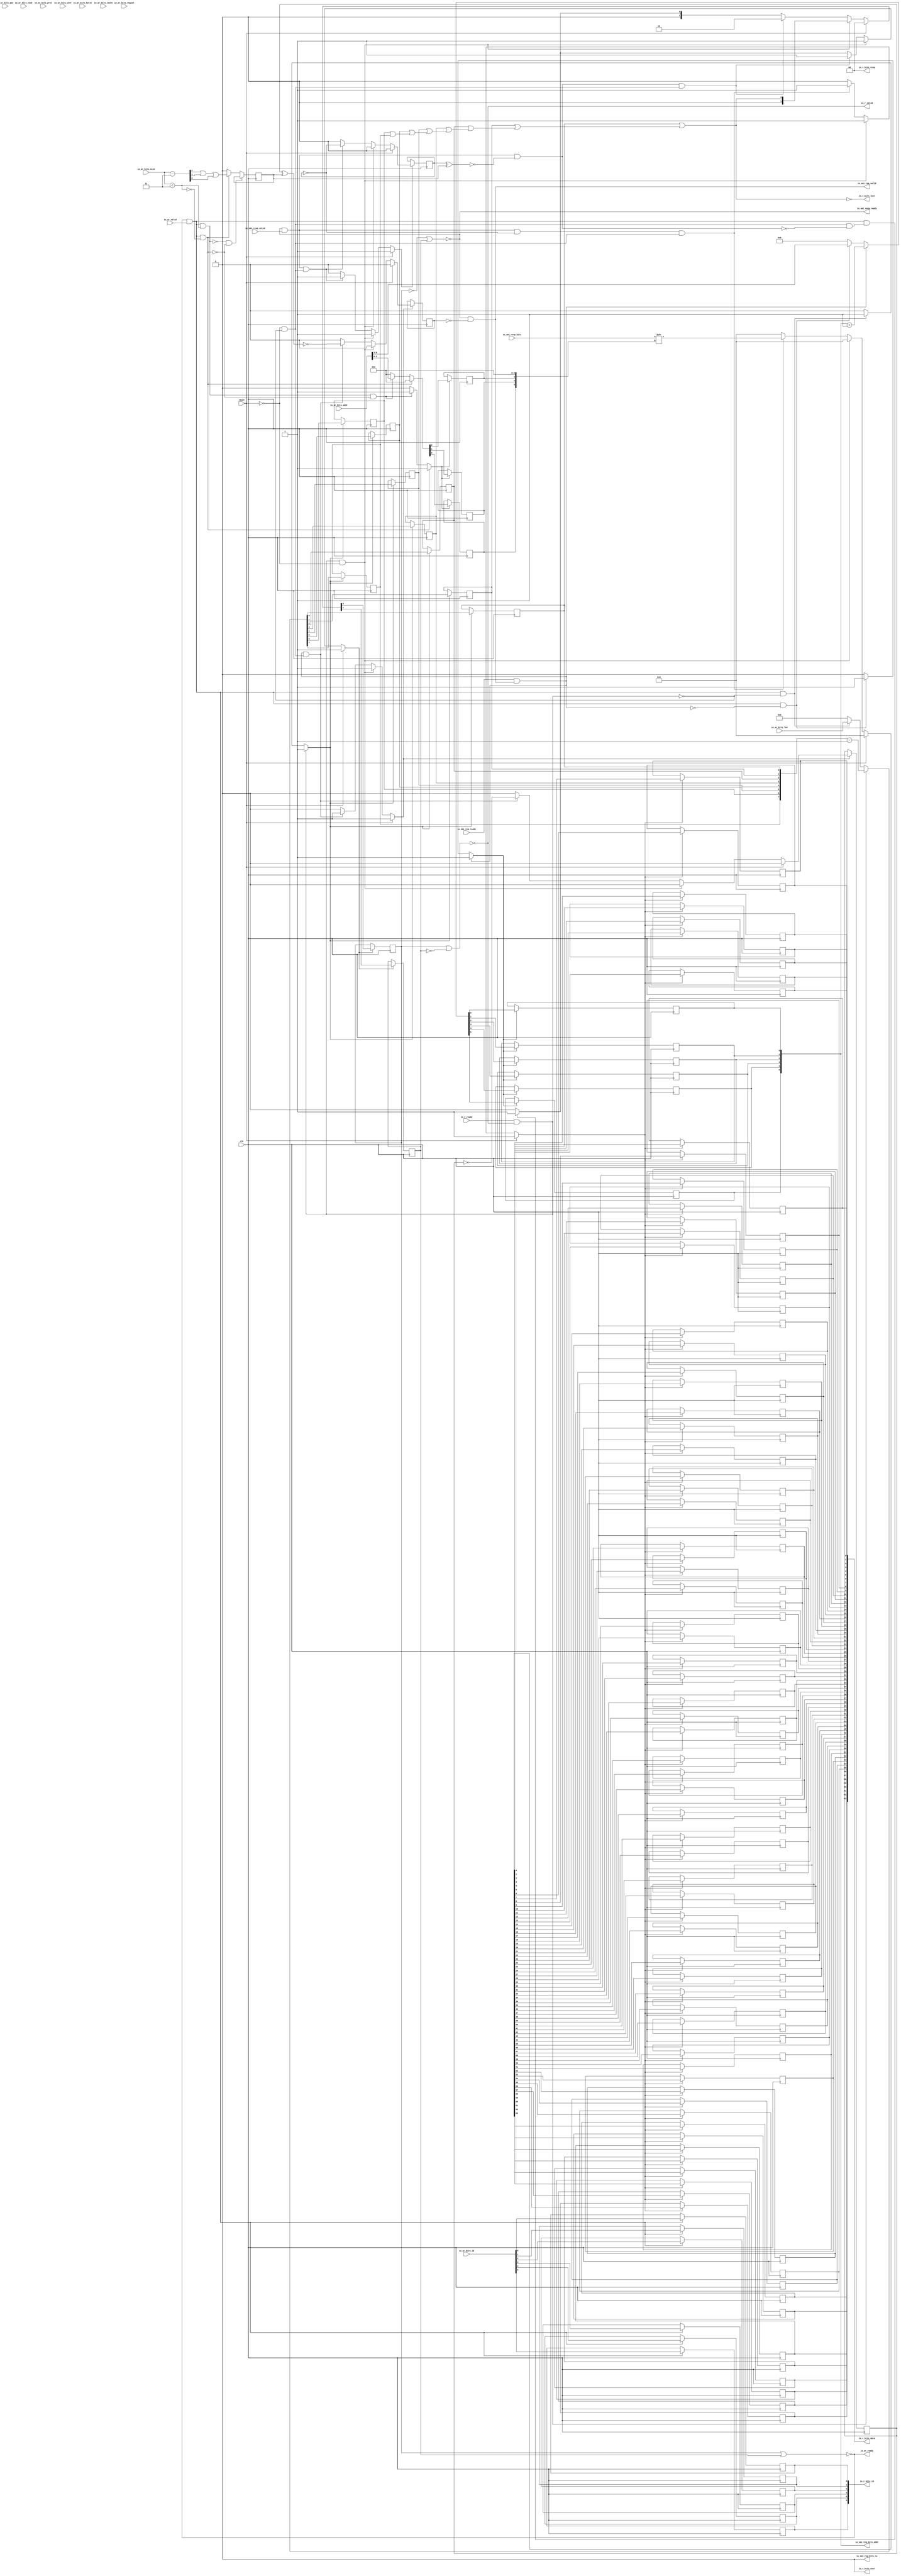
// This program was cloned from: https://github.com/NYU-MLDA/OpenABC
// License: BSD 3-Clause "New" or "Revised" License

module SmiIONastiReadIOConverter_1
(
  clk,
  reset,
  io_ar_ready,
  io_ar_valid,
  io_ar_bits_addr,
  io_ar_bits_len,
  io_ar_bits_size,
  io_ar_bits_burst,
  io_ar_bits_lock,
  io_ar_bits_cache,
  io_ar_bits_prot,
  io_ar_bits_qos,
  io_ar_bits_region,
  io_ar_bits_id,
  io_ar_bits_user,
  io_r_ready,
  io_r_valid,
  io_r_bits_resp,
  io_r_bits_data,
  io_r_bits_last,
  io_r_bits_id,
  io_r_bits_user,
  io_smi_req_ready,
  io_smi_req_valid,
  io_smi_req_bits_rw,
  io_smi_req_bits_addr,
  io_smi_resp_ready,
  io_smi_resp_valid,
  io_smi_resp_bits
);

  input [31:0] io_ar_bits_addr;
  input [7:0] io_ar_bits_len;
  input [2:0] io_ar_bits_size;
  input [1:0] io_ar_bits_burst;
  input [3:0] io_ar_bits_cache;
  input [2:0] io_ar_bits_prot;
  input [3:0] io_ar_bits_qos;
  input [3:0] io_ar_bits_region;
  input [5:0] io_ar_bits_id;
  output [1:0] io_r_bits_resp;
  output [63:0] io_r_bits_data;
  output [5:0] io_r_bits_id;
  output [5:0] io_smi_req_bits_addr;
  input [63:0] io_smi_resp_bits;
  input clk;
  input reset;
  input io_ar_valid;
  input io_ar_bits_lock;
  input io_ar_bits_user;
  input io_r_ready;
  input io_smi_req_ready;
  input io_smi_resp_valid;
  output io_ar_ready;
  output io_r_valid;
  output io_r_bits_last;
  output io_r_bits_user;
  output io_smi_req_valid;
  output io_smi_req_bits_rw;
  output io_smi_resp_ready;
  wire [1:0] io_r_bits_resp;
  wire io_ar_ready,io_r_valid,io_r_bits_last,io_r_bits_user,io_smi_req_valid,
  io_smi_req_bits_rw,io_smi_resp_ready,N0,N1,N2,N3,N4,N5,N6,T21,T5,T4,T19,T6,T14,N7,T9,N8,
  T10,T15,T18,T26,T28,T31,T34,T53,N9,N10,N11,N12,N13,N14,N15,N16,N17,N18,N19,N20,
  N21,N22,N23,N24,N25,N26,N27,N28,N29,N30,N31,N32,N33,N34,N35,N36,N37,N38,N39,N40,
  N41,N42,N43,N44,N45,N46,N47,N48,N49,N50,N51,N52,N53,N54,N55,N56,N57,N58,N59,N60,
  N61,N62,N63,N64,N65,N66,N67,N68,N69,N70,N71,N72,N73,N74,N75,N76,N77,N78,N79,N80,
  N81,N82,N83,N84,N85,N86,N87,N88,N89,N90,N91,N92,N93,N94,N95,N96,N97,N98,N99,N100,
  N101,N102,N103,N104,N105,N106,N107,N108,N109,N110,N111,N112,N113,N114,N115,N116,
  N117,N118,N119,N120,N121,N122,N123,N124,N125,N126,N127,N128,N129,N130,N131,N132,
  N133,N134,N135,N136,N137,N138,N139,N140,N141,N142,N143,N144,N145,N146,N147,N148,
  N149,N150,N151,N152,N153,N154,N155,N156,N157,N158,N159,N160,N162,N163,N164,N165,
  N167,N168,N170;
  wire [0:0] T20,T7,T11,T12,T55;
  wire [2:0] T13;
  wire [5:0] T25;
  wire [7:0] T43;
  wire [63:0] T48;
  reg [1:0] state;
  reg nWords,T56,sendDone,sendInd;
  reg [5:0] io_smi_req_bits_addr,io_r_bits_id;
  reg [7:0] nBeats;
  reg [63:0] io_r_bits_data;
  reg [5:3] T49;
  assign io_r_bits_resp[0] = 1'b0;
  assign io_r_bits_resp[1] = 1'b0;
  assign io_r_bits_user = 1'b0;
  assign io_smi_req_bits_rw = 1'b0;
  assign N0 = T56 ^ nWords;
  assign T6 = ~N0;
  assign T10 = io_ar_bits_size < { 1'b1, 1'b1 };
  assign N1 = sendInd ^ nWords;
  assign T31 = ~N1;
  assign T48 = io_smi_resp_bits >> { T49, 1'b0, 1'b0, 1'b0 };

  always @(posedge clk) begin
    if(N13) begin
      state[1] <= N15;
    end 
  end


  always @(posedge clk) begin
    if(N13) begin
      state[0] <= N14;
    end 
  end


  always @(posedge clk) begin
    if(N151) begin
      nWords <= T7[0];
    end 
  end


  always @(posedge clk) begin
    if(N19) begin
      T56 <= N20;
    end 
  end


  always @(posedge clk) begin
    if(N23) begin
      io_smi_req_bits_addr[5] <= N29;
    end 
  end


  always @(posedge clk) begin
    if(N23) begin
      io_smi_req_bits_addr[4] <= N28;
    end 
  end


  always @(posedge clk) begin
    if(N23) begin
      io_smi_req_bits_addr[3] <= N27;
    end 
  end


  always @(posedge clk) begin
    if(N23) begin
      io_smi_req_bits_addr[2] <= N26;
    end 
  end


  always @(posedge clk) begin
    if(N23) begin
      io_smi_req_bits_addr[1] <= N25;
    end 
  end


  always @(posedge clk) begin
    if(N23) begin
      io_smi_req_bits_addr[0] <= N24;
    end 
  end


  always @(posedge clk) begin
    if(N33) begin
      sendDone <= N34;
    end 
  end


  always @(posedge clk) begin
    if(N38) begin
      sendInd <= N39;
    end 
  end


  always @(posedge clk) begin
    if(T4) begin
      io_r_bits_id[5] <= io_ar_bits_id[5];
    end 
  end


  always @(posedge clk) begin
    if(T4) begin
      io_r_bits_id[4] <= io_ar_bits_id[4];
    end 
  end


  always @(posedge clk) begin
    if(T4) begin
      io_r_bits_id[3] <= io_ar_bits_id[3];
    end 
  end


  always @(posedge clk) begin
    if(T4) begin
      io_r_bits_id[2] <= io_ar_bits_id[2];
    end 
  end


  always @(posedge clk) begin
    if(T4) begin
      io_r_bits_id[1] <= io_ar_bits_id[1];
    end 
  end


  always @(posedge clk) begin
    if(T4) begin
      io_r_bits_id[0] <= io_ar_bits_id[0];
    end 
  end


  always @(posedge clk) begin
    if(N42) begin
      nBeats[7] <= N50;
    end 
  end


  always @(posedge clk) begin
    if(N42) begin
      nBeats[6] <= N49;
    end 
  end


  always @(posedge clk) begin
    if(N42) begin
      nBeats[5] <= N48;
    end 
  end


  always @(posedge clk) begin
    if(N42) begin
      nBeats[4] <= N47;
    end 
  end


  always @(posedge clk) begin
    if(N42) begin
      nBeats[3] <= N46;
    end 
  end


  always @(posedge clk) begin
    if(N42) begin
      nBeats[2] <= N45;
    end 
  end


  always @(posedge clk) begin
    if(N42) begin
      nBeats[1] <= N44;
    end 
  end


  always @(posedge clk) begin
    if(N42) begin
      nBeats[0] <= N43;
    end 
  end


  always @(posedge clk) begin
    if(N54) begin
      io_r_bits_data[63] <= N118;
    end 
  end


  always @(posedge clk) begin
    if(N54) begin
      io_r_bits_data[62] <= N117;
    end 
  end


  always @(posedge clk) begin
    if(N54) begin
      io_r_bits_data[61] <= N116;
    end 
  end


  always @(posedge clk) begin
    if(N54) begin
      io_r_bits_data[60] <= N115;
    end 
  end


  always @(posedge clk) begin
    if(N54) begin
      io_r_bits_data[59] <= N114;
    end 
  end


  always @(posedge clk) begin
    if(N54) begin
      io_r_bits_data[58] <= N113;
    end 
  end


  always @(posedge clk) begin
    if(N54) begin
      io_r_bits_data[57] <= N112;
    end 
  end


  always @(posedge clk) begin
    if(N54) begin
      io_r_bits_data[56] <= N111;
    end 
  end


  always @(posedge clk) begin
    if(N54) begin
      io_r_bits_data[55] <= N110;
    end 
  end


  always @(posedge clk) begin
    if(N54) begin
      io_r_bits_data[54] <= N109;
    end 
  end


  always @(posedge clk) begin
    if(N54) begin
      io_r_bits_data[53] <= N108;
    end 
  end


  always @(posedge clk) begin
    if(N54) begin
      io_r_bits_data[52] <= N107;
    end 
  end


  always @(posedge clk) begin
    if(N54) begin
      io_r_bits_data[51] <= N106;
    end 
  end


  always @(posedge clk) begin
    if(N54) begin
      io_r_bits_data[50] <= N105;
    end 
  end


  always @(posedge clk) begin
    if(N54) begin
      io_r_bits_data[49] <= N104;
    end 
  end


  always @(posedge clk) begin
    if(N54) begin
      io_r_bits_data[48] <= N103;
    end 
  end


  always @(posedge clk) begin
    if(N54) begin
      io_r_bits_data[47] <= N102;
    end 
  end


  always @(posedge clk) begin
    if(N54) begin
      io_r_bits_data[46] <= N101;
    end 
  end


  always @(posedge clk) begin
    if(N54) begin
      io_r_bits_data[45] <= N100;
    end 
  end


  always @(posedge clk) begin
    if(N54) begin
      io_r_bits_data[44] <= N99;
    end 
  end


  always @(posedge clk) begin
    if(N54) begin
      io_r_bits_data[43] <= N98;
    end 
  end


  always @(posedge clk) begin
    if(N54) begin
      io_r_bits_data[42] <= N97;
    end 
  end


  always @(posedge clk) begin
    if(N54) begin
      io_r_bits_data[41] <= N96;
    end 
  end


  always @(posedge clk) begin
    if(N54) begin
      io_r_bits_data[40] <= N95;
    end 
  end


  always @(posedge clk) begin
    if(N54) begin
      io_r_bits_data[39] <= N94;
    end 
  end


  always @(posedge clk) begin
    if(N54) begin
      io_r_bits_data[38] <= N93;
    end 
  end


  always @(posedge clk) begin
    if(N54) begin
      io_r_bits_data[37] <= N92;
    end 
  end


  always @(posedge clk) begin
    if(N54) begin
      io_r_bits_data[36] <= N91;
    end 
  end


  always @(posedge clk) begin
    if(N54) begin
      io_r_bits_data[35] <= N90;
    end 
  end


  always @(posedge clk) begin
    if(N54) begin
      io_r_bits_data[34] <= N89;
    end 
  end


  always @(posedge clk) begin
    if(N54) begin
      io_r_bits_data[33] <= N88;
    end 
  end


  always @(posedge clk) begin
    if(N54) begin
      io_r_bits_data[32] <= N87;
    end 
  end


  always @(posedge clk) begin
    if(N54) begin
      io_r_bits_data[31] <= N86;
    end 
  end


  always @(posedge clk) begin
    if(N54) begin
      io_r_bits_data[30] <= N85;
    end 
  end


  always @(posedge clk) begin
    if(N54) begin
      io_r_bits_data[29] <= N84;
    end 
  end


  always @(posedge clk) begin
    if(N54) begin
      io_r_bits_data[28] <= N83;
    end 
  end


  always @(posedge clk) begin
    if(N54) begin
      io_r_bits_data[27] <= N82;
    end 
  end


  always @(posedge clk) begin
    if(N54) begin
      io_r_bits_data[26] <= N81;
    end 
  end


  always @(posedge clk) begin
    if(N54) begin
      io_r_bits_data[25] <= N80;
    end 
  end


  always @(posedge clk) begin
    if(N54) begin
      io_r_bits_data[24] <= N79;
    end 
  end


  always @(posedge clk) begin
    if(N54) begin
      io_r_bits_data[23] <= N78;
    end 
  end


  always @(posedge clk) begin
    if(N54) begin
      io_r_bits_data[22] <= N77;
    end 
  end


  always @(posedge clk) begin
    if(N54) begin
      io_r_bits_data[21] <= N76;
    end 
  end


  always @(posedge clk) begin
    if(N54) begin
      io_r_bits_data[20] <= N75;
    end 
  end


  always @(posedge clk) begin
    if(N54) begin
      io_r_bits_data[19] <= N74;
    end 
  end


  always @(posedge clk) begin
    if(N54) begin
      io_r_bits_data[18] <= N73;
    end 
  end


  always @(posedge clk) begin
    if(N54) begin
      io_r_bits_data[17] <= N72;
    end 
  end


  always @(posedge clk) begin
    if(N54) begin
      io_r_bits_data[16] <= N71;
    end 
  end


  always @(posedge clk) begin
    if(N54) begin
      io_r_bits_data[15] <= N70;
    end 
  end


  always @(posedge clk) begin
    if(N54) begin
      io_r_bits_data[14] <= N69;
    end 
  end


  always @(posedge clk) begin
    if(N54) begin
      io_r_bits_data[13] <= N68;
    end 
  end


  always @(posedge clk) begin
    if(N54) begin
      io_r_bits_data[12] <= N67;
    end 
  end


  always @(posedge clk) begin
    if(N54) begin
      io_r_bits_data[11] <= N66;
    end 
  end


  always @(posedge clk) begin
    if(N54) begin
      io_r_bits_data[10] <= N65;
    end 
  end


  always @(posedge clk) begin
    if(N54) begin
      io_r_bits_data[9] <= N64;
    end 
  end


  always @(posedge clk) begin
    if(N54) begin
      io_r_bits_data[8] <= N63;
    end 
  end


  always @(posedge clk) begin
    if(N54) begin
      io_r_bits_data[7] <= N62;
    end 
  end


  always @(posedge clk) begin
    if(N54) begin
      io_r_bits_data[6] <= N61;
    end 
  end


  always @(posedge clk) begin
    if(N54) begin
      io_r_bits_data[5] <= N60;
    end 
  end


  always @(posedge clk) begin
    if(N54) begin
      io_r_bits_data[4] <= N59;
    end 
  end


  always @(posedge clk) begin
    if(N54) begin
      io_r_bits_data[3] <= N58;
    end 
  end


  always @(posedge clk) begin
    if(N54) begin
      io_r_bits_data[2] <= N57;
    end 
  end


  always @(posedge clk) begin
    if(N54) begin
      io_r_bits_data[1] <= N56;
    end 
  end


  always @(posedge clk) begin
    if(N54) begin
      io_r_bits_data[0] <= N55;
    end 
  end


  always @(posedge clk) begin
    if(N121) begin
      T49[5] <= N124;
    end 
  end


  always @(posedge clk) begin
    if(N121) begin
      T49[4] <= N123;
    end 
  end


  always @(posedge clk) begin
    if(N121) begin
      T49[3] <= N122;
    end 
  end

  assign N154 = nBeats[6] | nBeats[7];
  assign N155 = nBeats[5] | N154;
  assign N156 = nBeats[4] | N155;
  assign N157 = nBeats[3] | N156;
  assign N158 = nBeats[2] | N157;
  assign N159 = nBeats[1] | N158;
  assign N160 = nBeats[0] | N159;
  assign io_r_bits_last = ~N160;
  assign N162 = ~state[0];
  assign N163 = N162 | state[1];
  assign N164 = ~N163;
  assign N165 = state[0] | state[1];
  assign io_ar_ready = ~N165;
  assign N167 = ~state[1];
  assign N168 = state[0] | N167;
  assign io_r_valid = ~N168;
  assign N170 = N162 | state[1];
  assign io_smi_resp_ready = ~N170;
  assign T13 = io_ar_bits_size - { 1'b1, 1'b1 };
  assign T18 = T56 ^ 1'b1;
  assign T25 = io_smi_req_bits_addr + 1'b1;
  assign T34 = sendInd ^ 1'b1;
  assign T43 = nBeats - 1'b1;
  assign T11[0] = T12[0] ^ 1'b1;
  assign T7[0] = (N2)? T11[0] : 
                 (N3)? 1'b0 : 1'b0;
  assign N2 = T14;
  assign N3 = N7;
  assign N13 = (N4)? 1'b1 : 
               (N126)? 1'b1 : 
               (N129)? 1'b1 : 
               (N132)? 1'b1 : 
               (N12)? 1'b0 : 1'b0;
  assign N4 = reset;
  assign { N15, N14 } = (N4)? { 1'b0, 1'b0 } : 
                        (N126)? { 1'b0, T20[0:0] } : 
                        (N129)? { 1'b1, 1'b0 } : 
                        (N132)? { 1'b0, 1'b1 } : 1'b0;
  assign N19 = (N4)? 1'b1 : 
               (N133)? 1'b1 : 
               (N135)? 1'b1 : 
               (N18)? 1'b0 : 1'b0;
  assign N20 = (N4)? 1'b0 : 
               (N133)? 1'b0 : 
               (N135)? T18 : 1'b0;
  assign N23 = (N5)? 1'b1 : 
               (N137)? 1'b1 : 
               (N22)? 1'b0 : 1'b0;
  assign N5 = T26;
  assign { N29, N28, N27, N26, N25, N24 } = (N5)? T25 : 
                                            (N137)? io_ar_bits_addr[8:3] : 1'b0;
  assign N33 = (N4)? 1'b1 : 
               (N138)? 1'b1 : 
               (N140)? 1'b1 : 
               (N32)? 1'b0 : 1'b0;
  assign N34 = (N4)? 1'b0 : 
               (N138)? 1'b0 : 
               (N140)? T31 : 1'b0;
  assign N38 = (N4)? 1'b1 : 
               (N141)? 1'b1 : 
               (N143)? 1'b1 : 
               (N37)? 1'b0 : 1'b0;
  assign N39 = (N4)? 1'b0 : 
               (N141)? 1'b0 : 
               (N143)? T34 : 1'b0;
  assign N42 = (N6)? 1'b1 : 
               (N144)? 1'b1 : 
               (N41)? 1'b0 : 1'b0;
  assign N6 = T21;
  assign { N50, N49, N48, N47, N46, N45, N44, N43 } = (N6)? T43 : 
                                                      (N144)? io_ar_bits_len : 1'b0;
  assign N54 = (N4)? 1'b1 : 
               (N145)? 1'b1 : 
               (N147)? 1'b1 : 
               (N53)? 1'b0 : 1'b0;
  assign { N118, N117, N116, N115, N114, N113, N112, N111, N110, N109, N108, N107, N106, N105, N104, N103, N102, N101, N100, N99, N98, N97, N96, N95, N94, N93, N92, N91, N90, N89, N88, N87, N86, N85, N84, N83, N82, N81, N80, N79, N78, N77, N76, N75, N74, N73, N72, N71, N70, N69, N68, N67, N66, N65, N64, N63, N62, N61, N60, N59, N58, N57, N56, N55 } = (N4)? { 1'b0, 1'b0, 1'b0, 1'b0, 1'b0, 1'b0, 1'b0, 1'b0, 1'b0, 1'b0, 1'b0, 1'b0, 1'b0, 1'b0, 1'b0, 1'b0, 1'b0, 1'b0, 1'b0, 1'b0, 1'b0, 1'b0, 1'b0, 1'b0, 1'b0, 1'b0, 1'b0, 1'b0, 1'b0, 1'b0, 1'b0, 1'b0, 1'b0, 1'b0, 1'b0, 1'b0, 1'b0, 1'b0, 1'b0, 1'b0, 1'b0, 1'b0, 1'b0, 1'b0, 1'b0, 1'b0, 1'b0, 1'b0, 1'b0, 1'b0, 1'b0, 1'b0, 1'b0, 1'b0, 1'b0, 1'b0, 1'b0, 1'b0, 1'b0, 1'b0, 1'b0, 1'b0, 1'b0, 1'b0 } : 
                                                                                                                                                                                                                                                                                                                                                                 (N145)? { 1'b0, 1'b0, 1'b0, 1'b0, 1'b0, 1'b0, 1'b0, 1'b0, 1'b0, 1'b0, 1'b0, 1'b0, 1'b0, 1'b0, 1'b0, 1'b0, 1'b0, 1'b0, 1'b0, 1'b0, 1'b0, 1'b0, 1'b0, 1'b0, 1'b0, 1'b0, 1'b0, 1'b0, 1'b0, 1'b0, 1'b0, 1'b0, 1'b0, 1'b0, 1'b0, 1'b0, 1'b0, 1'b0, 1'b0, 1'b0, 1'b0, 1'b0, 1'b0, 1'b0, 1'b0, 1'b0, 1'b0, 1'b0, 1'b0, 1'b0, 1'b0, 1'b0, 1'b0, 1'b0, 1'b0, 1'b0, 1'b0, 1'b0, 1'b0, 1'b0, 1'b0, 1'b0, 1'b0, 1'b0 } : 
                                                                                                                                                                                                                                                                                                                                                                 (N147)? T48 : 1'b0;
  assign N121 = (N2)? 1'b1 : 
                (N149)? 1'b1 : 
                (N120)? 1'b0 : 1'b0;
  assign { N124, N123, N122 } = (N2)? { 1'b0, 1'b0, 1'b0 } : 
                                (N149)? io_ar_bits_addr[2:0] : 1'b0;
  assign T4 = io_ar_ready & io_ar_valid;
  assign T5 = T19 & T6;
  assign N7 = ~T14;
  assign N8 = ~T9;
  assign T9 = T4 & T10;
  assign T14 = T4 & T15;
  assign T15 = ~T10;
  assign T19 = io_smi_resp_ready & io_smi_resp_valid;
  assign T20[0] = N160;
  assign T21 = io_r_ready & io_r_valid;
  assign T26 = io_smi_req_ready & io_smi_req_valid;
  assign io_smi_req_valid = N164 & T28;
  assign T28 = ~sendDone;
  assign T53 = T19 & T55[0];
  assign N9 = T21 | reset;
  assign N10 = T5 | N9;
  assign N11 = T4 | N10;
  assign N12 = ~N11;
  assign N16 = T21 | reset;
  assign N17 = T19 | N16;
  assign N18 = ~N17;
  assign N21 = T4 | T26;
  assign N22 = ~N21;
  assign N30 = T21 | reset;
  assign N31 = T26 | N30;
  assign N32 = ~N31;
  assign N35 = T21 | reset;
  assign N36 = T26 | N35;
  assign N37 = ~N36;
  assign N40 = T4 | T21;
  assign N41 = ~N40;
  assign N51 = T21 | reset;
  assign N52 = T53 | N51;
  assign N53 = ~N52;
  assign N119 = T9 | T14;
  assign N120 = ~N119;
  assign N125 = ~reset;
  assign N126 = T21 & N125;
  assign N127 = ~T21;
  assign N128 = N125 & N127;
  assign N129 = T5 & N128;
  assign N130 = ~T5;
  assign N131 = N128 & N130;
  assign N132 = T4 & N131;
  assign N133 = T21 & N125;
  assign N134 = N125 & N127;
  assign N135 = T19 & N134;
  assign N136 = ~T26;
  assign N137 = T4 & N136;
  assign N138 = T21 & N125;
  assign N139 = N125 & N127;
  assign N140 = T26 & N139;
  assign N141 = T21 & N125;
  assign N142 = N125 & N127;
  assign N143 = T26 & N142;
  assign N144 = T4 & N127;
  assign N145 = T21 & N125;
  assign N146 = N125 & N127;
  assign N147 = T53 & N146;
  assign N148 = ~T14;
  assign N149 = T9 & N148;
  assign N150 = N8 & N7;
  assign N151 = ~N150;
  assign N152 = T13[2] | T13[1];
  assign N153 = N152 | T13[0];
  assign T12[0] = ~N153;
  assign T55[0] = ~T56;

endmodule